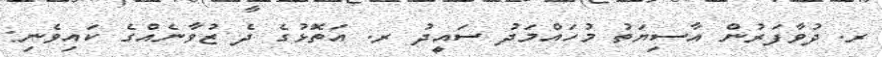
ރ. ދުވާފަރުން އާސިޔަތު މުހައްމަދު ސައީދު ރ. އަތޮޅުގެ ދެ ޒުވާނެއްގެ ކައިވެނި: